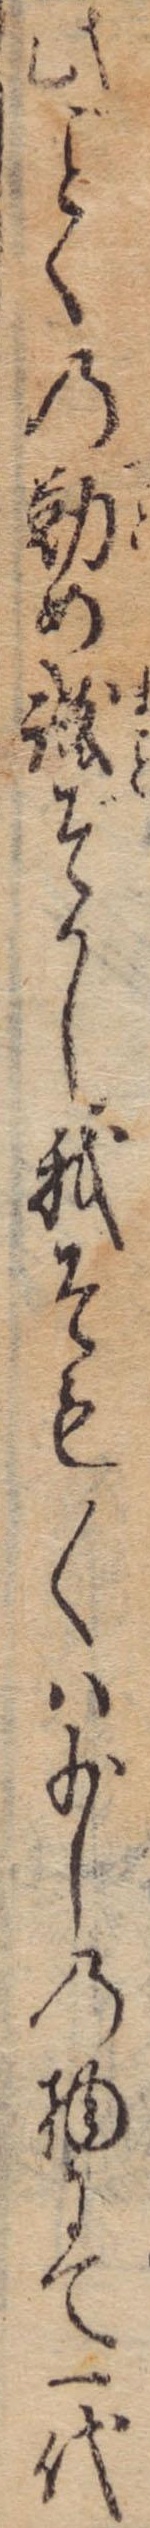
此くの勤め誠ぞかし我そも〱は少しの物にて一代